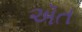
ઍત